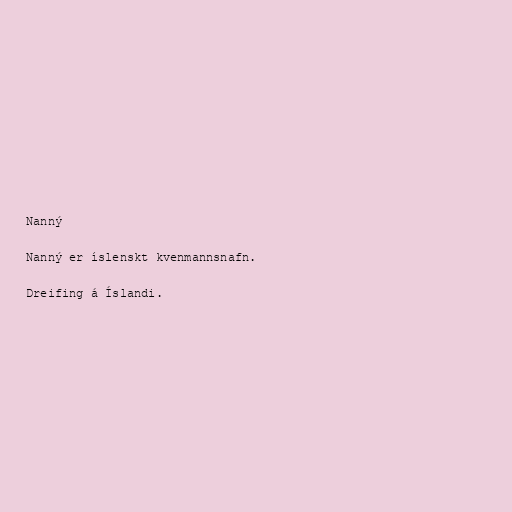
Nanný

Nanný er íslenskt kvenmannsnafn.

Dreifing á Íslandi.